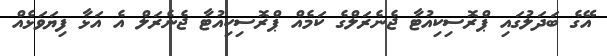
އޭގެ ބަދަލުގައި ޕްރޮސިކިއުޓާ ޖެނެރަލްގެ ކަމެއް ޕްރޮސިކިއުޓާ ޖެނެރަލް އެ އަޅާ ފިޔަވަޅެއް